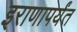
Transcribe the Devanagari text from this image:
इराणापर्यंत